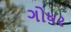
ગોધર